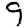
Digit: 9